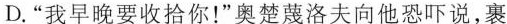
D.”我早晚要收拾你！”奥楚蔑洛夫向他恐吓说，裹